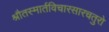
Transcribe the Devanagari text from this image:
श्रौतस्मार्तविचारसारचतुरो